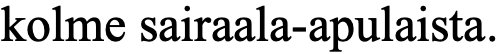
kolme sairaala-apulaista.